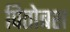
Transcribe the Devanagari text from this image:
पितोबश